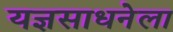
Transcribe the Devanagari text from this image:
यज्ञसाधनेला